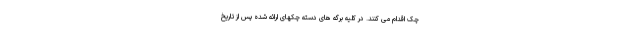
چک اقدام می ­کنند. در کلیه برگه ­های دسته­ چکهای ارائه شده پس از تاریخ